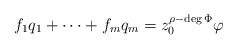
\begin{align*}f_{1} q_1+\cdots +f_mq_m=z_0^{\rho-\deg\Phi}\varphi\end{align*}